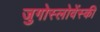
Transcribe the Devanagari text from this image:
जुगोस्लोवेंस्की